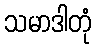
သမာဒါတုံ